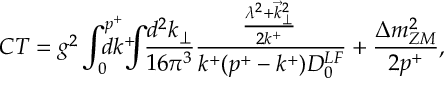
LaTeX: C T = g ^ { 2 } \int _ { 0 } ^ { p ^ { + } } \! \! \! \! \! \! \! d k ^ { + } \! \! \! \! \int \! \! \frac { d ^ { 2 } k _ { \perp } } { 1 6 \pi ^ { 3 } } \frac { \! \! \frac { \lambda ^ { 2 } + { \vec { k } } _ { \perp } ^ { 2 } } { 2 k ^ { + } } \! } { k ^ { + } ( p ^ { + } - k ^ { + } ) D _ { 0 } ^ { L F } } + \frac { \Delta m _ { Z M } ^ { 2 } } { 2 p ^ { + } } ,